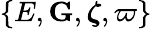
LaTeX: \{ E,{\mathbf G},\boldsymbol{\zeta},\varpi\}